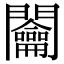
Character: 𨷲